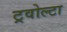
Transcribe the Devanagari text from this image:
ट्रवोल्टा